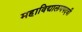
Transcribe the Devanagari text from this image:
महाविद्यालयपदवी